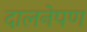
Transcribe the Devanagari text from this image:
दालनेपण